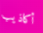
أكاذيب